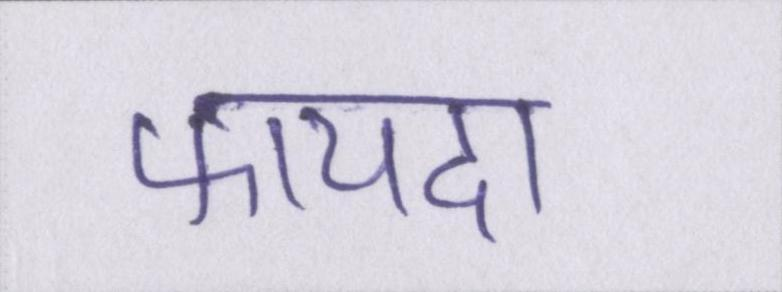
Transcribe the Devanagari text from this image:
फायदा